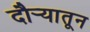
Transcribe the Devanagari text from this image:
दौर्‍यातून